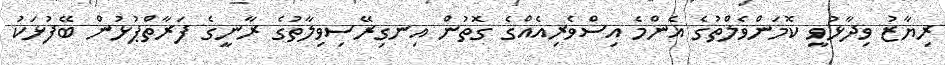
ރިޔާޒު ވިދާޅުވީ ކޮމަންވެލްތުގެ އެންމެ އިސްވެރިއެއްގެ ގޮތުން އިނގިރޭސިވިލާތުގެ ރާނީގެ ފަރާތްޕުޅުން ބޭފުޅަކު